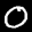
Label: 0